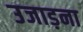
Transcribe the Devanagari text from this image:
उजाड़ना